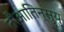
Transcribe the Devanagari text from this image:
तौआतिन्सुयु